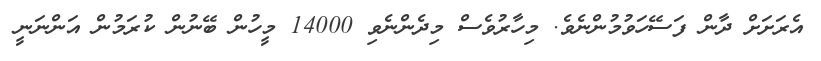
އެރަށަށް ދާން ފަސޭހަވުމުންނެވެ. މިހާރުވެސް މިދެންނެވި 14000 މީހުން ބޭނުން ކުރަމުން އަންނަނީީ